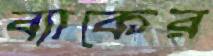
ব্যাকের